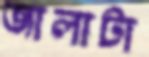
জালাটা